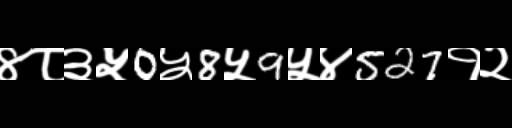
Text: ४८३५0५8५9५४527१२